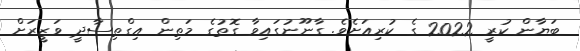
ބަޔާން ކުރީ 2022 ގެ ކުރިއަށެވެ. ގާނޫނުގައިވާ ގޮތުގެ މަތިން އިގްތިސާދީ ވަޒީރަށް